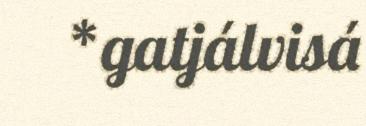
*gatjálvisá